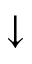
\downarrow